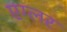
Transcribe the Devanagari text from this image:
एग्लर